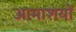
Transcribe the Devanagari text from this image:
आमाशयों